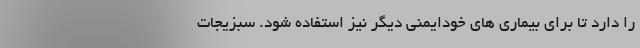
را دارد تا برای بیماری های خودایمنی دیگر نیز استفاده شود. سبزیجات